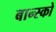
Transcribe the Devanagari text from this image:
बान्स्को